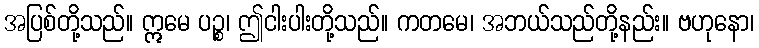
အပြစ်တို့သည်။ ဣမေ ပဉ္စ၊ ဤငါးပါးတို့သည်။ ကတမေ၊ အဘယ်သည်တို့နည်း။ ဗဟုနော၊